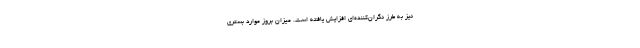
نیز به طرز نگران‌کننده‌ای افزایش یافته است. میزان بروز موارد بستری